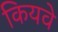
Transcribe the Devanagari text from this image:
कियवे